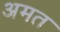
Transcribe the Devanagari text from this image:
अमत